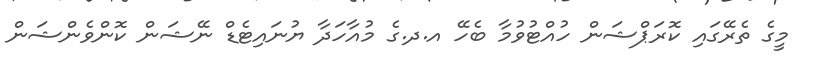
މީގެ ތެރޭގައި ކޮރަޕްޝަން ހުއްޓުވުމާ ބެހޭ އ.ދ.ގެ މުއާހަދާ ޔުނައިޓެޑް ނޭޝަން ކޮންވެންޝަން